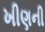
ખીણની